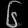
Digit: ၆